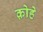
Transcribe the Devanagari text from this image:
क़ोहे